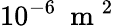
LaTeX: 10^{-6}~\mathrm{~m~}^{2}